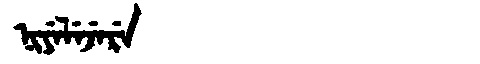
Manchu: ᠨᡳᠶᡝᠯᡝᠵᡝᡵᡝ
Romanization: NIYELEJERE